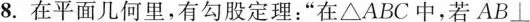
8.在平面几何里，有勾股定理：”在△ABC中，若AB\perp